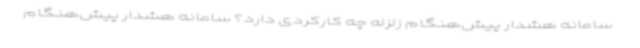
‌ سامانه هشدار پیش‌هنگام زلزله چه کارکردی دارد؟ سامانه هشدار پیش‌هنگام